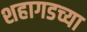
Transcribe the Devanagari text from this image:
शहागडच्या